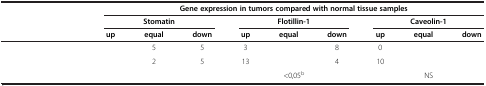
<table><thead><tr><td>[EMPTY_CELL]</td><td colspan="9"><b>Gene expression in tumors compared with normal tissue samples</b></td></tr><tr><td>[EMPTY_CELL]</td><td colspan="3"><b>Stomatin</b></td><td colspan="3"><b>Flotillin-1</b></td><td colspan="3"><b>Caveolin-1</b></td></tr><tr><td>[EMPTY_CELL]</td><td><b>up</b></td><td><b>equal</b></td><td><b>down</b></td><td><b>up</b></td><td><b>equal</b></td><td><b>down</b></td><td><b>up</b></td><td><b>equal</b></td><td><b>down</b></td></tr></thead><tbody><tr><td>[EMPTY_CELL]</td><td>[EMPTY_CELL]</td><td>5</td><td>5</td><td>3</td><td>[EMPTY_CELL]</td><td>8</td><td>0</td><td>[EMPTY_CELL]</td><td>[EMPTY_CELL]</td></tr><tr><td>[EMPTY_CELL]</td><td>[EMPTY_CELL]</td><td>2</td><td>5</td><td>13</td><td>[EMPTY_CELL]</td><td>4</td><td>10</td><td>[EMPTY_CELL]</td><td>[EMPTY_CELL]</td></tr><tr><td>[EMPTY_CELL]</td><td colspan="3">[EMPTY_CELL]</td><td colspan="3">&lt;0,05<sup>b</sup></td><td colspan="3">NS</td></tr></tbody></table>